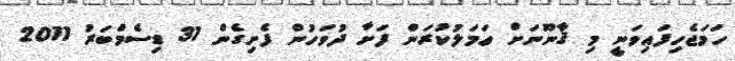
ހަމަޖެހިފައިވަނީ މި ޤާނޫނަށް ޢަމަލުކުރަން ފަށާ ދުވަހުން ފެށިގެން 31 ޑިސެމްބަރު 2011